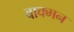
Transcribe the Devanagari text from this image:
वाक्मन